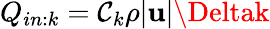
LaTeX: Q_{in:k}=\mathcal{C}_{k}\rho|\mathbf{{u}}|\Deltak